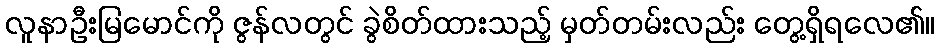
လူနာဦးမြမောင်ကို ဇွန်လတွင် ခွဲစိတ်ထားသည့် မှတ်တမ်းလည်း တွေ့ရှိရလေ၏။